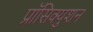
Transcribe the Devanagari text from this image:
प्रॉसिक्युशन